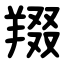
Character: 䍳